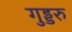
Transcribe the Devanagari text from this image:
गुड्डरु